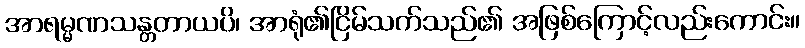
အာရမ္မဏသန္တတာယပိ၊ အာရုံ၏ငြိမ်သက်သည်၏ အဖြစ်ကြောင့်လည်းကောင်း။